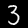
Label: 3